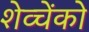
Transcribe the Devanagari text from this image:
शेव्चेंको